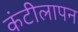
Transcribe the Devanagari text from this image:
कंटीलापन